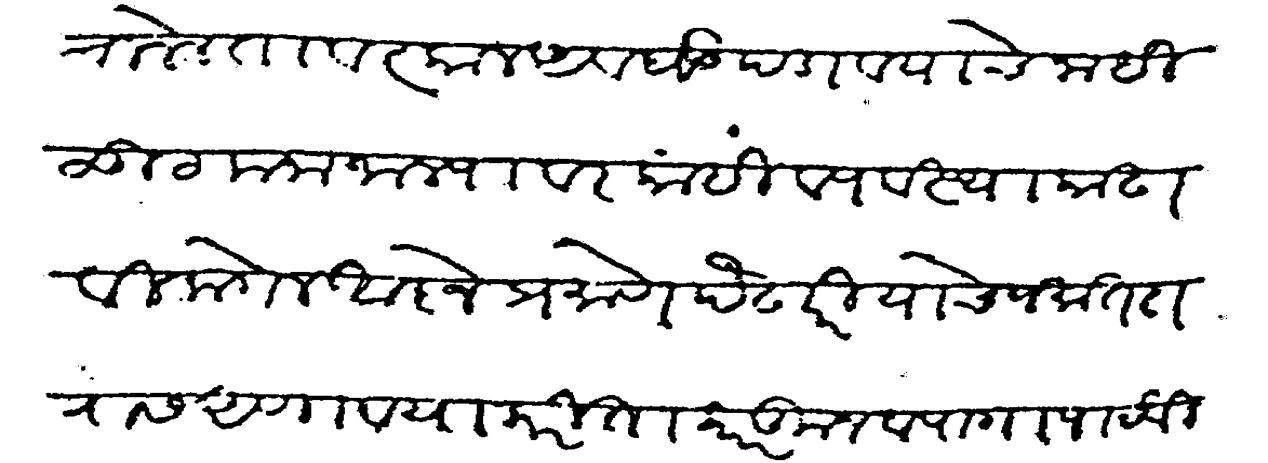
Transliteration (Devanagari): चालेल तावत्काल अवघड पडावयाचे नाही ळूट मना जाल्यावर काही व्यवस्था काढावी लागेल आज्ञेप्रमाणे पेंढारी याचे जमात दारास आणावया करिता कारकून व पागा पाठविल्या